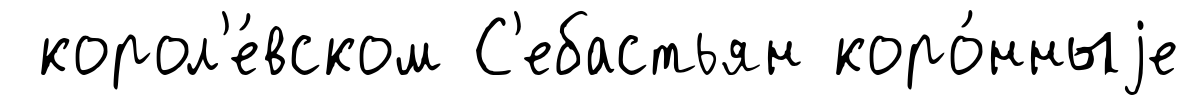
корол'е́вском С'ебастьян коро́нныjе